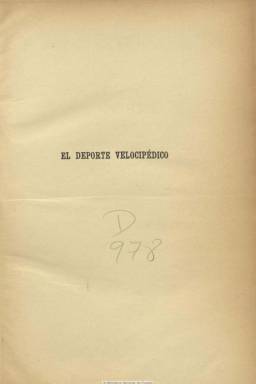
Título: El Deporte velocipédico
Colección: Deportes
Ámbito geográfico: Madrid
Lugar de publicación: Madrid
Fechas: 27/02/1895-30/12/1896

Con el subtítulo “revista ciclista ilustrada”, comienza a publicarse el 27 de febrero de 1895, reivindicando –en su artículo de presentación- el término deporte frente al anglicismo sport con el que esta novedosa actividad había irrumpido en la última década del siglo diecinueve penetrando de manera general en los usos sociales, dando título ya a algunas cabeceras de prensa, como era el caso del periódico El veloz sport. Además de “españolizar” el citado término anglosajón, en el caso del uso de la bicicleta, El deporte velocipédico lo define como “noble e higiénico ejercicio”, tanto en su vertiente de transporte individual como parte de una “educación física” integral.

Su propietario y director es José María Sierra, que también será propietario del velódromo que es construido junto al hipódromo madrileño. Al principio contará asimismo con un director literario –Antonio Sendras- al dar cabida el periódico a textos de esta índole y a una revista de teatros, firmada con el seudónimo El Bajá del Campo; así como un director artístico, que no es otro que Francisco Ramón Cilla, uno de los más brillantes dibujantes y humoristas de la época que, a lo largo de toda la vida del periódico, inundará sus páginas de viñetas y retratos, acompañadas de otras ilustraciones, como fotografías de actualidad, para lo que contará con el fotógrafo M. Compañy, y planos de carreteras, elaborados por Leopoldo G. Alzola y Alberto Cid.

Se trata de una de las primeras publicaciones dedicadas exclusivamente al uso práctico, lúdico y deportivo de la bicicleta, en entregas semanales de dieciséis páginas. A partir del número 56, de 16 de marzo 1896, se fusionará con La bicicleta, que dirigía en Barcelona Luis Marqués, adoptando el subtítulo “órgano bisemanal del ciclismo y de todos los deportes”, saliendo los miércoles y domingos en entregas de cuatro páginas y con ediciones de Madrid y Barcelona, pasando Maqués a ser redactor-jefe de la publicación. A partir del número 69, de seis de mayo, pasa de nuevo a ser semanal (apareciendo los jueves y más tarde los miércoles), recupera el subtítulo inicial y vuelve a ser estampado en entregas de dieciséis páginas. Marqués seguirá apareciendo como redactor jefe hasta el número 88, de diecisiete de septiembre. Contó con redactores y colaboradores como Alfonso de Birazel, Nicanor Puga, Juan Pérez Zúñiga o Adolfo G. Rodrigo, conocido con el seudónimo Juanito Pedal.

La publicación se estructura en secciones, como Ecos de Madrid y Ciclogramas de España, con noticias procedentes de corresponsales de provincias, que eran asimismo entusiastas ciclistas; y Ciclogramas del extranjero, contando asimismo con corresponsales, como M. Aciev y Guillén, desde París. Ofrece datos sobre todo tipo de actividad ciclista, como rutas, excursiones, fiestas, carreras o campeonatos, tanto españoles como internacionales, y de sociedades ciclistas como la Unión Velocipédica Española, presidida por el marqués de Casa Alta. Inicia también un estudio detallado de las carreteras de España, con el fin de elaborar una Guía del ciclista, con planos de los citados Alzola y Cid. Y además de propagar el uso de la bicicleta como transporte individual y dar cuenta de novedades, inventos y técnicas ciclistas, ofrece trabajos literarios y hasta una Tribuna libre. Asimismo dará a conocer a destacados y destacadas ciclistas, como Pepita Alcocer, Eulalia Molina y Antonia Moreno, pues el género no fue óbice en la afición y uso entusiasta de la bicicleta y la práctica del deporte.

En su primer número va un índice anual alfabético de materias de 1895, y en el último de 1896, el correspondiente a este año tanto de materias como de ilustraciones. La colección de la BNE acaba en el número 103, correspondiente al 30 de diciembre de 1896, pero pudo seguir publicándose dos años más.